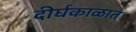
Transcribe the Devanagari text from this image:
दीर्घकाळात